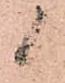
候